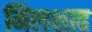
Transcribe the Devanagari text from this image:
मिलशाह